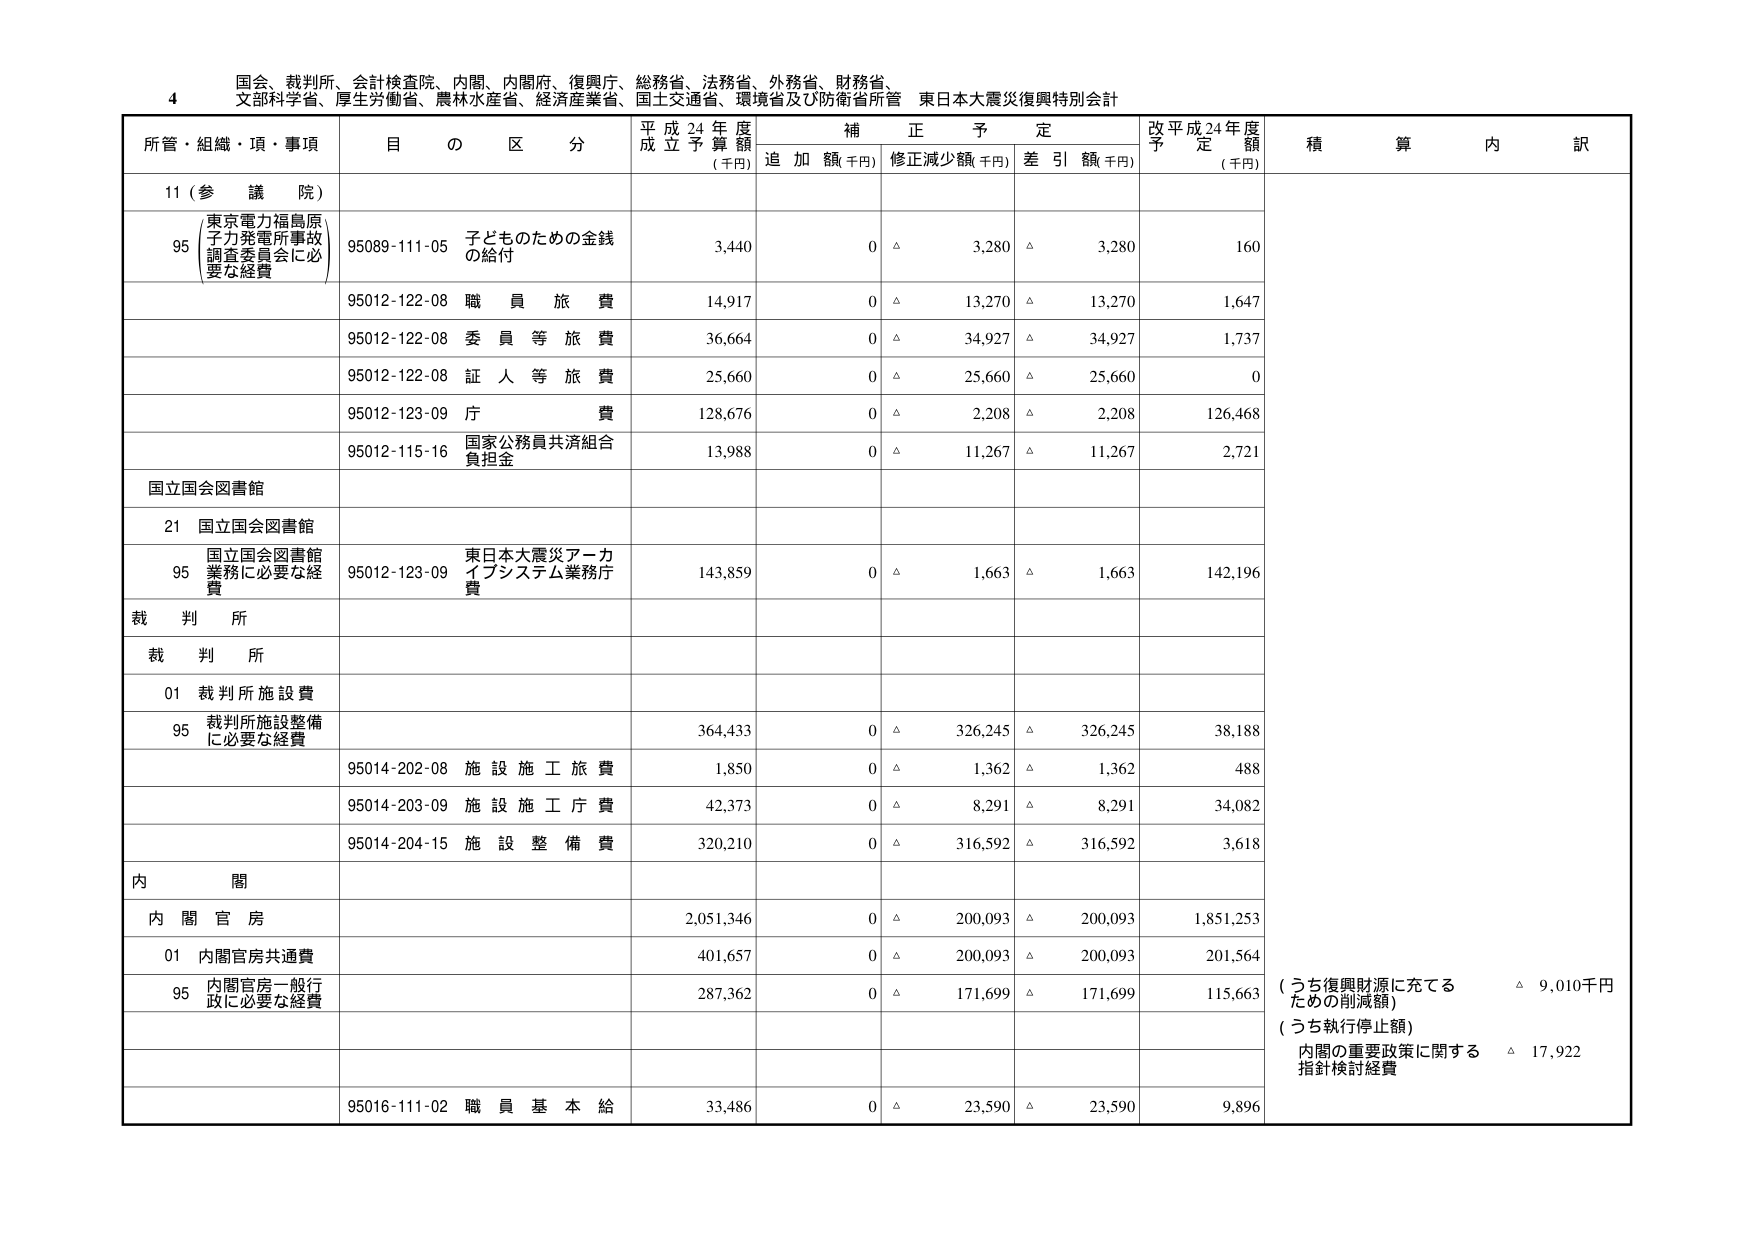
4 国会、裁判所、会計検査院、内閣、内閣府、復興庁、総務省、法務省、外務省、財務省、
文部科学省、厚生労働省、農林水産省、経済産業省、国土交通省、環境省及び防衛省所管 東日本大震災復興特別会計

所管・組織・項・事項 目 の 区 分 平成24年度 成立予算額 (千円) 補正予定 追加額(千円) 修正減少額(千円) 差引額(千円) 改平成24年度 予定額 (千円) 積算内訳

11 (参 議 院)

95 (東京電力福島原子力発電所事故 調査委員会に必要な経費) 95089-111-05 子どものための金銭 の給付 3,440 0 △ 3,280 △ 3,280 160

95012-122-08 職 員 旅 費 14,917 0 △ 13,270 △ 13,270 1,647

95012-122-08 委 員 等 旅 費 36,664 0 △ 34,927 △ 34,927 1,737

95012-122-08 証 人 等 旅 費 25,660 0 △ 25,660 △ 25,660 0

95012-123-09 庁 費 128,676 0 △ 2,208 △ 2,208 126,468

95012-115-16 国家公務員共済組合 負担金 13,988 0 △ 11,267 △ 11,267 2,721

国立国会図書館

21 国立国会図書館

95 国立国会図書館 業務に必要な経費 95012-123-09 東日本大震災アーカ イブシステム業務庁 費 143,859 0 △ 1,663 △ 1,663 142,196

裁判所

裁判所

01 裁判所施設費

95 裁判所施設整備 に必要な経費 364,433 0 △ 326,245 △ 326,245 38,188

95014-202-08 施設施工旅費 1,850 0 △ 1,362 △ 1,362 488

95014-203-09 施設施工庁費 42,373 0 △ 8,291 △ 8,291 34,082

95014-204-15 施設整備費 320,210 0 △ 316,592 △ 316,592 3,618

内閣

内閣官房

01 内閣官房共通費 401,657 0 △ 200,093 △ 200,093 201,564

95 内閣官房一般行政に必要な経費 287,362 0 △ 171,699 △ 171,699 115,663 (うち復興財源に充てる ための削減額) △ 9,010千円 (うち執行停止額) 内閣の重要政策に関する 指針検討経費 △ 17,922

95016-111-02 職員基本給 33,486 0 △ 23,590 △ 23,590 9,896